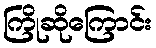
ကြိုဆိုကြောင်း